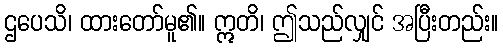
ဌပေသိ၊ ထားတော်မူ၏။ ဣတိ၊ ဤသည်လျှင် အပြီးတည်း။